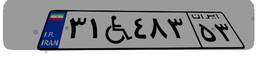
۱۸W۶۴۹۳۹